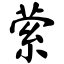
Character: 萦